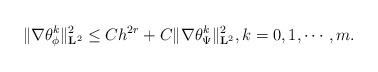
LaTeX: \begin{align*}\Vert \nabla {\theta}^{k}_{\phi} \Vert_{\mathbf{L}^{2}}^{2}\leq Ch^{2r} + C\Vert \nabla {\theta}^{k}_{\Psi} \Vert_{\mathbf{L}^{2}}^{2},k=0,1,\cdots,m.\end{align*}